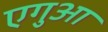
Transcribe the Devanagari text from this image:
एगुआ